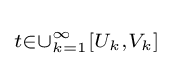
\scriptstyle t\in \cup _{k=1}^{\infty }[U_{k},V_{k}]